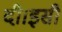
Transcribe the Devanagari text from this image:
दी।इसी